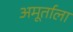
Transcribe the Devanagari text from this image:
अमूर्ताला